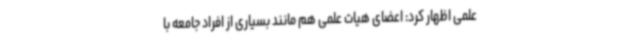
علمی اظهار کرد: اعضای هیات علمی هم مانند بسیاری از افراد جامعه با